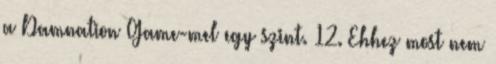
a Damnation Game-mel egy szint. 12. Ehhez most nem